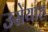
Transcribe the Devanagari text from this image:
उसेयाह